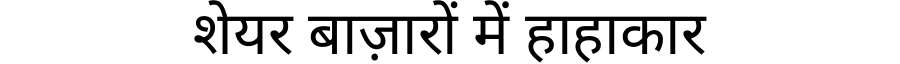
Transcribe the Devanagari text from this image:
शेयर बाज़ारों में हाहाकार